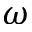
\omega